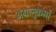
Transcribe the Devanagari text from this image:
अग्रानुक्रमों